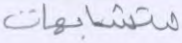
متشابهات